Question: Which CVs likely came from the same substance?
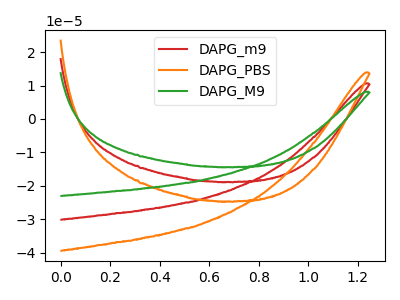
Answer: <think>The red curve "DAPG_m9" has no peaks. The orange curve "DAPG_PBS" has no peaks. The green curve "DAPG_M9" has no peaks.
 Neither "DAPG_m9" or "DAPG_PBS" have any peaks. Neither "DAPG_m9" or "DAPG_M9" have any peaks. Neither "DAPG_PBS" or "DAPG_M9" have any peaks.</think>
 <answer>"DAPG_PBS", "DAPG_m9" and "DAPG_M9" have the same shape and are likely CV's of the same chemical.</answer>
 <eval>"DAPG_PBS" "DAPG_m9" "DAPG_M9"</eval>